Lunatic asylums Madras 1877-1891 - 1877-1891
Year: 1877
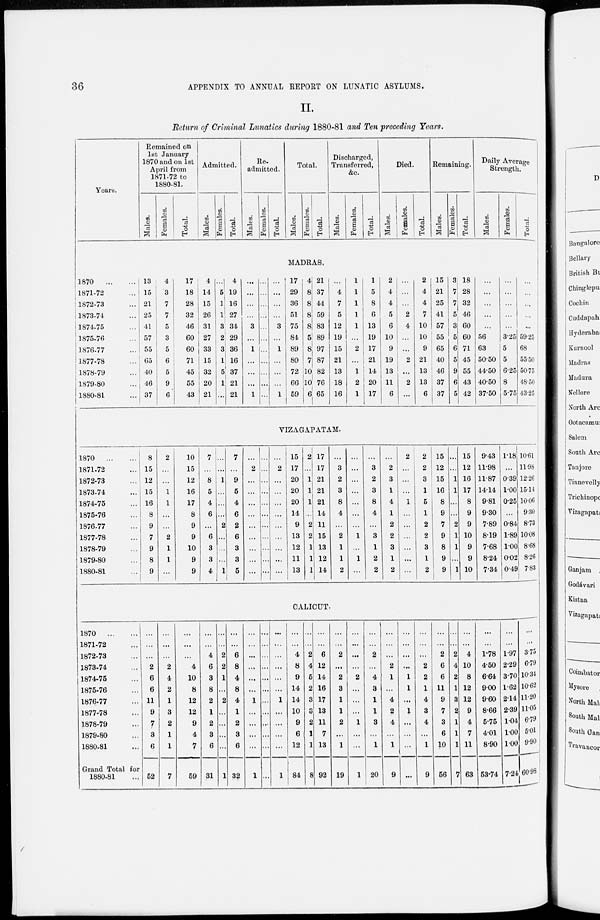
36
APPENDIX TO ANNUAL REPORT ON LUNATIC ASYLUMS.
II.
Return of Criminal Lunatics during 1880-81 and Ten preceding Years.
Years.
Remained on
1st January
1870 and on 1st
April from
1871-72 to
1880-81.
Males.
Females.
Total.
Admitted.
Males.
Females.
Total.
Re-
admitted.
Males.
Females.
Total.
Total.
Males.
Females.
Total.
Discharged,
Transferred,
&c.
Males.
Females.
Total.
Died.
Males.
Females.
Total.
Remaining.
Males.
Females.
Total.
Daily Average
Strength.
Males.
Females.
Total.
MADRAS.
1870
...
...
1871-72 ...
1872-73 ...
1873-74 ...
1871-75 ...
1875-76 ...
1876-77 ...
1877-78 ...
1878-79 ...
1879-80 ...
1880-81 ...
13
15
21
25
41
57
55
65
40
46
37
4
3
7
7
5
3
5
6
5
9
6
17
18
28
32
46
60
60
71
45
55
43
4
14
15
26
31
27
33
15
32
20
21
...
5
1
1
3
2
3
1
5
1
...
4
19
16
27
34
29
36
16
37
21
21
...
...
...
...
3
...
1
...
...
...
1
...
...
...
...
...
...
...
...
...
...
...
...
...
...
...
3
...
1
...
...
...
1
17
29
36
51
75
84
89
80
72
66
59
4
8
8
8
8
5
8
7
10
10
6
21
37
44
59
83
89
97
87
82
76
65
...
4
7
5
12
19
15
21
13
18
16
1
1
1
1
1
...
2
...
1
2
1
1
5
8
6
13
19
17
21
14
20
17
2
4
4
5
6
10
9
19
13
11
6
...
...
...
2
4
...
...
2
...
2
...
2
4
4
7
10
10
9
21
13
13
6
15
21
25
41
57
55
65
40
46
37
37
3
7
7
5
3
5
6
5
9
6
5
18
28
32
46
60
60
71
45
55
43
42
...
...
...
...
...
56
63
50.50
44.50
40.50
37.50
...
...
...
...
...
3.25
5
5
6.25
8
5.75
...
...
...
...
...
59.25
68
55.50
50.75
48.50
43.25
VIZAGAPATAM.
1870
...
...
1871-72 ...
1872-73 ...
1873-74 ...
1874-75 ...
1875-76
1876-77
1877-78
1878-79
1879-80
1880-81
8
15
12
15
16
8
9
7
9
8
9
2
...
...
1
1
...
...
2
1
1
...
10
15
12
16
17
8
9
9
10
9
9
7
...
8
5
4
6
...
6
3
3
4
...
...
1
...
...
...
2
...
...
...
1
7
...
9
5
4
6
2
6
3
3
5
...
2
...
...
...
...
...
...
...
...
...
...
...
...
...
...
...
...
...
...
...
...
...
2
...
...
...
...
...
...
...
...
...
15
17
20
20
20
14
9
13
12
11
13
2
...
1
1
1
...
2
2
1
1
1
17
17
21
21
21
14
11
15
13
12
14
...
3
2
3
8
4
...
2
1
1
2
...
...
...
...
...
...
...
1
...
1
...
...
3
2
3
8
4
...
3
1
2
2
...
2
3
1
4
1
2
2
3
1
2
2
...
...
...
1
...
...
...
...
...
...
2
2
3
1
5
1
2
2
3
1
2
15
12
15
16
8
9
7
9
8
9
9
...
...
1
1
...
...
2
1
1
...
1
15
12
16
17
8
9
9
10
9
9
10
9.43
11.98
11.87
14.14
9.81
9.30
7.89
8.19
7.68
8.24
7.34
1.18
...
0.39
1.00
0.25
...
0.84
1.89
1.00
0.02
0.49
10.61
11.98
12.26
15.14
10.06
9.30
8.73
10.08
8.68
8.26
7.83
CALICUT.
1870
...
...
1871-72
1872-73
1873-74
1874-75
1875-76
1876-77
1877-78
1878-79
1879-80
1880-81
Grand Total for
1880-81 ...
...
...
...
2
6
6
11
9
7
3
6
52
...
...
...
2
4
2
1
3
2
1
1
7
...
...
...
4
10
8
12
12
9
4
7
59
...
...
4
6
3
8
2
1
2
3
6
31
...
...
2
2
1
...
2
...
...
...
...
1
...
...
6
8
4
8
4
1
2
3
6
32
...
...
...
...
...
...
1
...
...
...
...
1
...
...
...
...
...
...
...
...
...
...
...
...
...
...
...
...
...
...
1
...
...
...
...
1
...
...
4
8
9
14
14
10
9
6
12
84
...
...
2
4
5
2
3
3
2
1
1
8
...
...
6
12
14
16
17
13
11
7
13
92
...
...
2
...
2
3
1
1
2
...
1
19
...
...
...
...
2
...
...
...
1
...
...
1
...
...
2
...
4
3
1
1
3
...
1
20
...
...
...
2
1
...
4
2
4
...
1
9
...
...
...
...
1
1
...
1
...
...
...
...
...
...
...
2
2
1
4
3
4
...
1
9
...
...
2
6
6
11
9
7
3
6
10
56
...
...
2
4
2
1
3
2
1
1
1
7
...
...
4
10
8
12
12
9
4
7
11
63
...
...
1.78
4.50
6.64
9.00
9.60
8.66
5.75
4.01
8.90
53.74
...
...
1.97
2.29
3.70
1.62
2.14
2.39
1.04
1.00
1.00
7.24
...
...
3.75
6.79
10.34
10.62
11.20
11.05
6.79
5.01
9.90
60.98